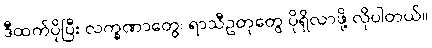
ဒီထက်ပိုပြီး လက္ခဏာတွေ၊ ရာသီဥတုတွေ ပိုရှိလာဖို့ လိုပါတယ်။